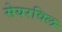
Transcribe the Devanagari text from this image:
सेयरविल